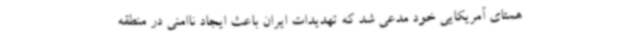
همتای آمریکایی خود مدعی شد که تهدیدات ایران باعث ایجاد ناامنی در منطقه